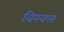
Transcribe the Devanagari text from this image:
विस्वल